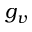
g _ { v }